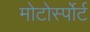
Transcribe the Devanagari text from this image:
मोटोर्स्पोर्ट